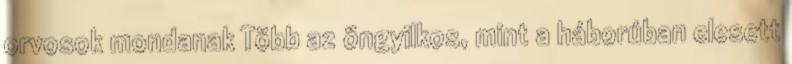
orvosok mondanak Több az öngyilkos, mint a háborúban elesett